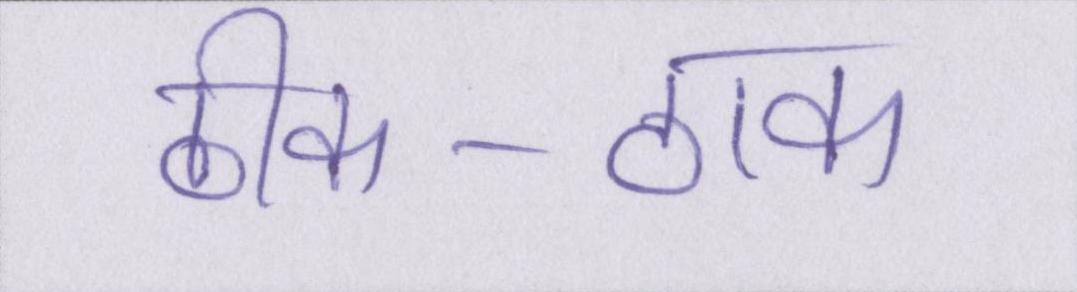
ठीक-ठाक